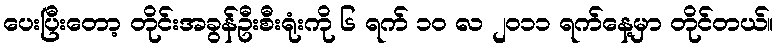
ပေးပြီးတော့ တိုင်းအခွန်ဦးစီးရုံးကို ၆ ရက် ၁၀ လ ၂၀၁၁ ရက်နေ့မှာ တိုင်တယ်။